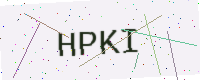
Text: HPKI